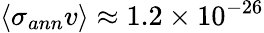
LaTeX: \langle\sigma_{ann}v\rangle\approx 1.2\times 10^{-26}